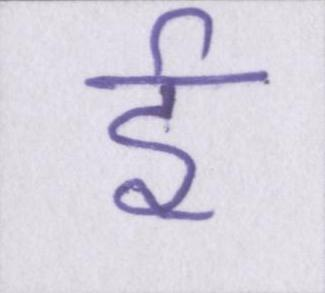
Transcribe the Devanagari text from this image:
ई